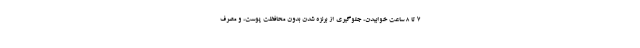
7 تا 8 ساعت خوابیدن، جلوگیری از برنزه شدن بدون محافظت پوست، و مصرف